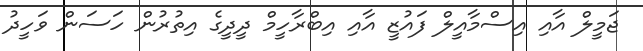
ޖަމީލް އާއި އިސްމާއީލް ފައުޒީ އާއި އިބްރާހީމް ދީދީގެ އިތުރުން ހަސަން ވަހީދު